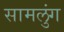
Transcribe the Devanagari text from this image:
सामलुंग